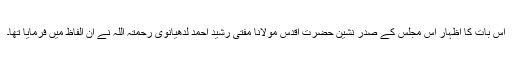
اس بات کا اظہار اس مجلس کے صدر نشین حضرت اقدس مولانا مفتی رشید احمد لدھیانوی رحمتہ اللہ نے ان الفاظ میں فرمایا تھا۔